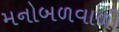
મનોબળવાળી